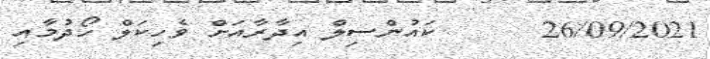
26/09/2021      ކައުންސިލް އިދާރާއަށް ވެހިކަލް ހޯދުމާއި